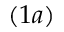
( 1 a )